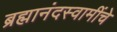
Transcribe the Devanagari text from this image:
ब्रह्मानंदस्वामींचे